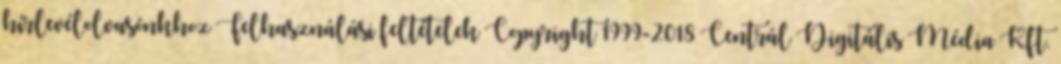
hírlevélolvasónkhoz Felhasználási feltételek Copyright 1999-2018 Centrál Digitális Média Kft.